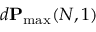
d \mathbf { P } _ { \operatorname* { m a x } } ( N , 1 )